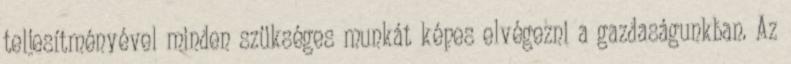
teljesítményével minden szükséges munkát képes elvégezni a gazdaságunkban. Az